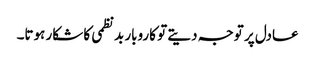
عادل پر توجہ دیتے تو کاروبار بدنظمی کا شکار ہوتا۔